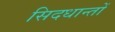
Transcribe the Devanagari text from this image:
सिदधान्‍तों